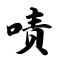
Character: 啧